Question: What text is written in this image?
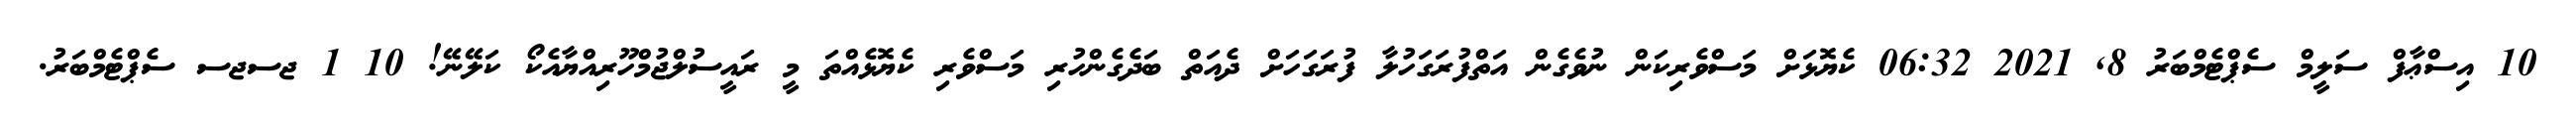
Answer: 10 އިސްޢާފް ސަލީމް ސެޕްޓެމްބަރު 8, 2021 06:32 ކެޔޮޅަށް މަސްވެރިކަން ނުވެގެން އަތްފުރަގަހުލާ ފުރަގަހަށް ދެއަތް ބަދެގެންހުރި މަސްވެރި ކެޔޮޅެއްތަ މީ ރައީސުލްޖުމްހޫރިއްޔާއެކޯ ކަލޭނޭ! 10 1 ޖސޖސ ސެޕްޓެމްބަރު.